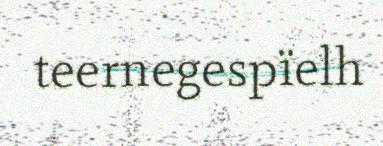
teernegespïelh